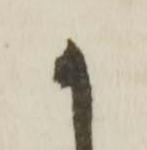
か